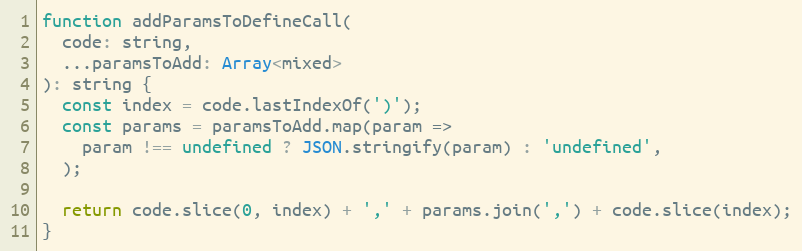
Language: JavaScript
function addParamsToDefineCall(
  code: string,
  ...paramsToAdd: Array<mixed>
): string {
  const index = code.lastIndexOf(')');
  const params = paramsToAdd.map(param =>
    param !== undefined ? JSON.stringify(param) : 'undefined',
  );

  return code.slice(0, index) + ',' + params.join(',') + code.slice(index);
}